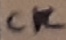
Text: CK